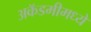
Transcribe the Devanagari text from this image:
अकॅडमीमध्ये